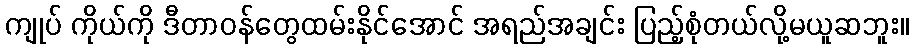
ကျုပ် ကိုယ်ကို ဒီတာဝန်တွေထမ်းနိုင်အောင် အရည်အချင်း ပြည့်စုံတယ်လို့မယူဆဘူး။